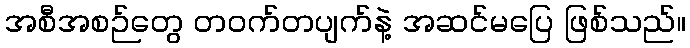
အစီအစဉ်တွေ တဝက်တပျက်နဲ့ အဆင်မပြေ ဖြစ်သည်။